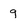
Character: 9